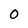
Character: 0